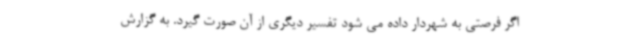
اگر فرصتی به شهردار داده می شود تفسیر دیگری از آن صورت گیرد. به گزارش